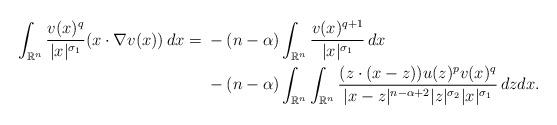
LaTeX: \begin{align*}\int_{\mathbb{R}^n} \frac{v(x)^{q}}{|x|^{\sigma_1}}(x\cdot \nabla v(x))\,dx= {} & -(n-\alpha)\int_{\mathbb{R}^n} \frac{v(x)^{q+1}}{|x|^{\sigma_1}}\,dx \\{} & - (n-\alpha)\int_{\mathbb{R}^n}\int_{\mathbb{R}^n} \frac{(z\cdot (x-z))u(z)^{p}v(x)^{q}}{|x-z|^{n-\alpha + 2}|z|^{\sigma_2}|x|^{\sigma_1}}\,dz dx.\end{align*}